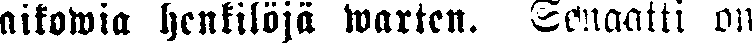
aikowia henkilöjä warten. Senaatti on